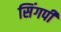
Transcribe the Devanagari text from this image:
सिंगपी